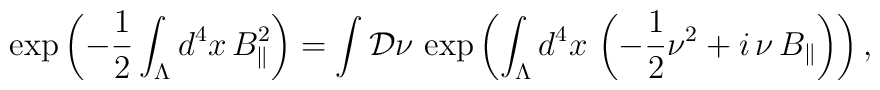
\exp\left( -\frac{1}{2}\int_\Lambda d^4 x\, B_\Vert^2\right)=\int {\cal D}\nu\,\exp\left( \int_\Lambda d^4 x\, \left(-\frac{1}{2}\nu^2+i\,\nu\,B_\Vert\right)\right),